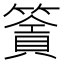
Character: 𥳹